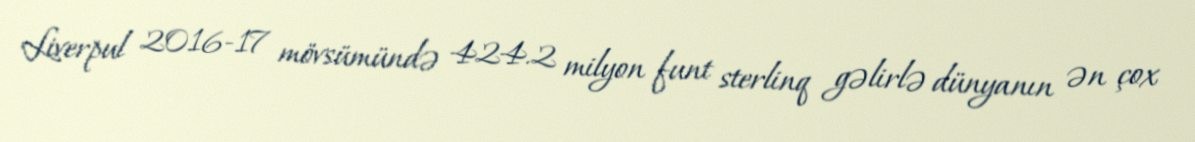
Liverpul 2016-17 mövsümündə 424.2 milyon funt sterlinq gəlirlə dünyanın ən çox